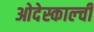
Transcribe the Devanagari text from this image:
ओदेस्काल्ची